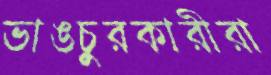
ভাঙচুরকারীরা